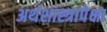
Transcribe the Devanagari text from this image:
अर्थशास्त्रापेक्षा